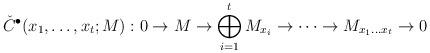
LaTeX: \begin{align*}\check{C}^\bullet(x_1,\ldots,x_t;M): 0 \to M \to \bigoplus_{i=1}^t M_{x_i} \to \cdots \to M_{x_1 \ldots x_t} \to 0\end{align*}